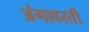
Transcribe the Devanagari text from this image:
अंगावरती